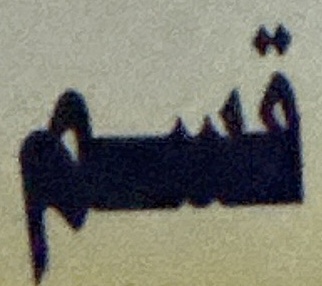
قسم